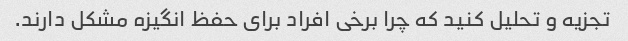
تجزیه و تحلیل کنید که چرا برخی افراد برای حفظ انگیزه مشکل دارند.